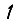
Digit: 1